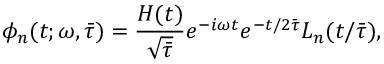
\phi _ { n } ( t ; \omega , \bar { \tau } ) = \frac { H ( t ) } { \sqrt { \bar { \tau } } } e ^ { - i \omega t } e ^ { - t / 2 \bar { \tau } } L _ { n } ( t / \bar { \tau } ) ,